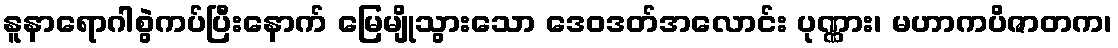
နူနာရောဂါစွဲကပ်ပြီးနောက် မြေမျိုသွားသော ဒေဝဒတ်အလောင်း ပုဏ္ဏား၊ မဟာကပိဇာတက၊